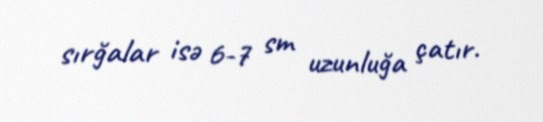
sırğalar isə 6-7 sm uzunluğa çatır.